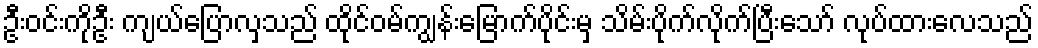
ဦးဝင်းကိုဦး ကျယ်ပြောလှသည် ထိုင်ဝမ်ကျွန်းမြောက်ပိုင်းမှ သိမ်းပိုက်လိုက်ပြီးသော် လုပ်ထားလေသည်